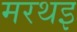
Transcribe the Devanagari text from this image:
मरथइ